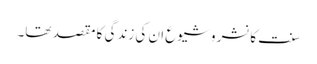
سنت کا نشر و شیوع ان کی زندگی کا مقصد تھا۔